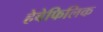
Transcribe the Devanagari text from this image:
हेबेफिलिक